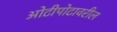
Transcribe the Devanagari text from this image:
ओटीपोटावरील